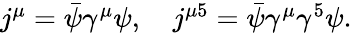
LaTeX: \begin{array}{r}{j^{\mu}=\bar{\psi}\gamma^{\mu}\psi,\quad j^{\mu 5}=\bar{\psi}\gamma^{\mu}\gamma^{5}\psi.}\end{array}